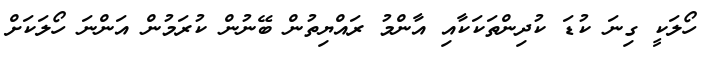
ހޯލަކީ ގިނަ ކުޑަ ކުދިންތަކަކާއި އާންމު ރައްޔިތުން ބޭނުން ކުރަމުން އަންނަ ހޯލަކަށް